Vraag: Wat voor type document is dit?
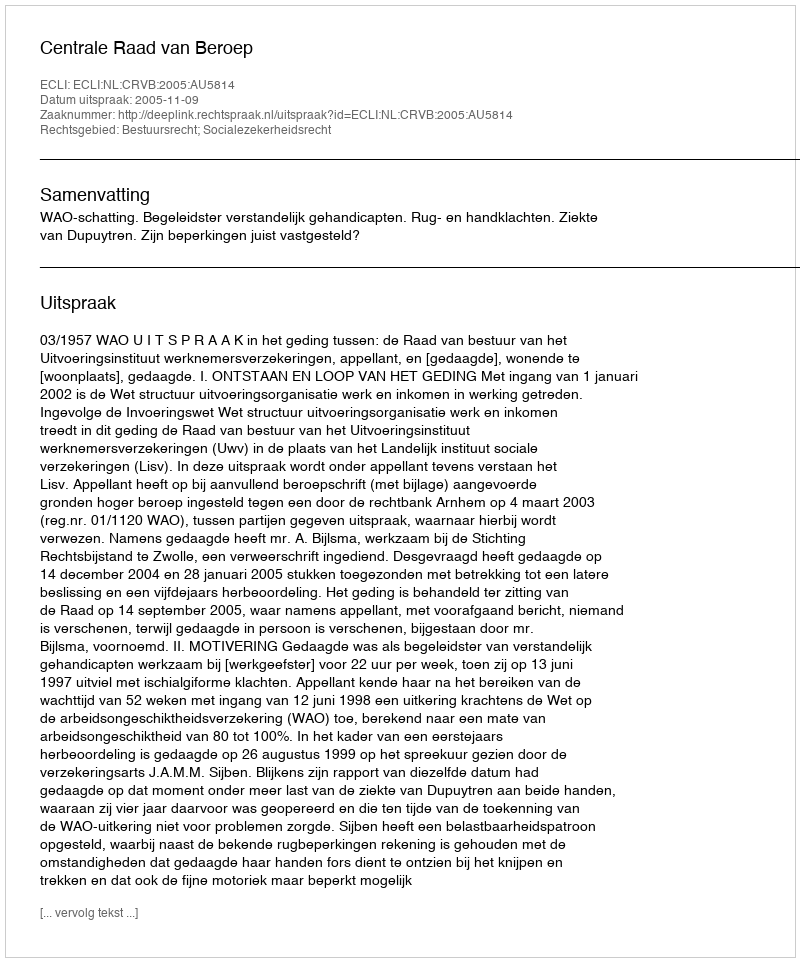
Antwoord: Uitspraak